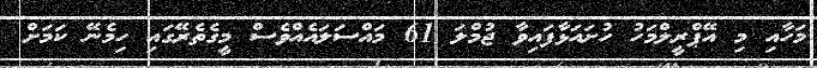
މަހާއި މި އޭޕްރީލްމަހު ހުށައަޅާފައިވާ ޖުމްލަ 61 މައްސަލައެއްވެސް މީގެތެރޭގައި ހިމެނޭ ކަމަށް